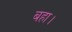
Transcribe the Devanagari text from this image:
बहा।